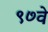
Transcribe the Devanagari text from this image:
९७वे